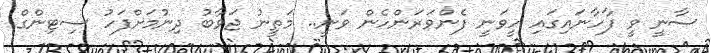
ސާނީ ވީ ފާހާނައިގައި ހީވަނީ ފެންވަރަންހެން ވަނީ.. މަތީނު ޖަވާބު ދިނުމަށްފަހު ސިޓިންގް